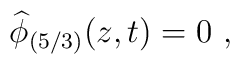
\widehat{\phi}_{(5/3)}(z,t)=0\ ,